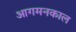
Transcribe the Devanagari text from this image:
आगमनकाल